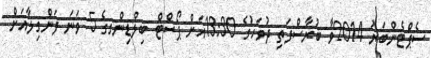
ސެޕްޓެންބަރު 2014ވާ ބުރާސްފަތި ދުވަހުގެ 13:30އަށް ޕޯސްޓް ބިލްޑިންގގެ 5 ވަނަ ފަންގިލާއަށް